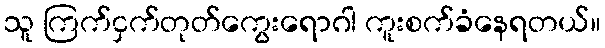
သူ ကြက်ငှက်တုတ်ကွေးရောဂါ ကူးစက်ခံနေရတယ်။